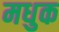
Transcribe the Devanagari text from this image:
मधुक